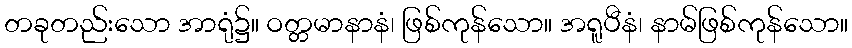
တခုတည်းသော အာရုံ၌။ ဝတ္တမာနာနံ၊ ဖြစ်ကုန်သော။ အရူပီနံ၊ နာမ်ဖြစ်ကုန်သော။